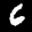
Label: 6